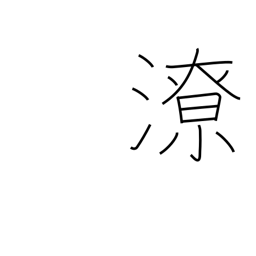
Meaning: runoff